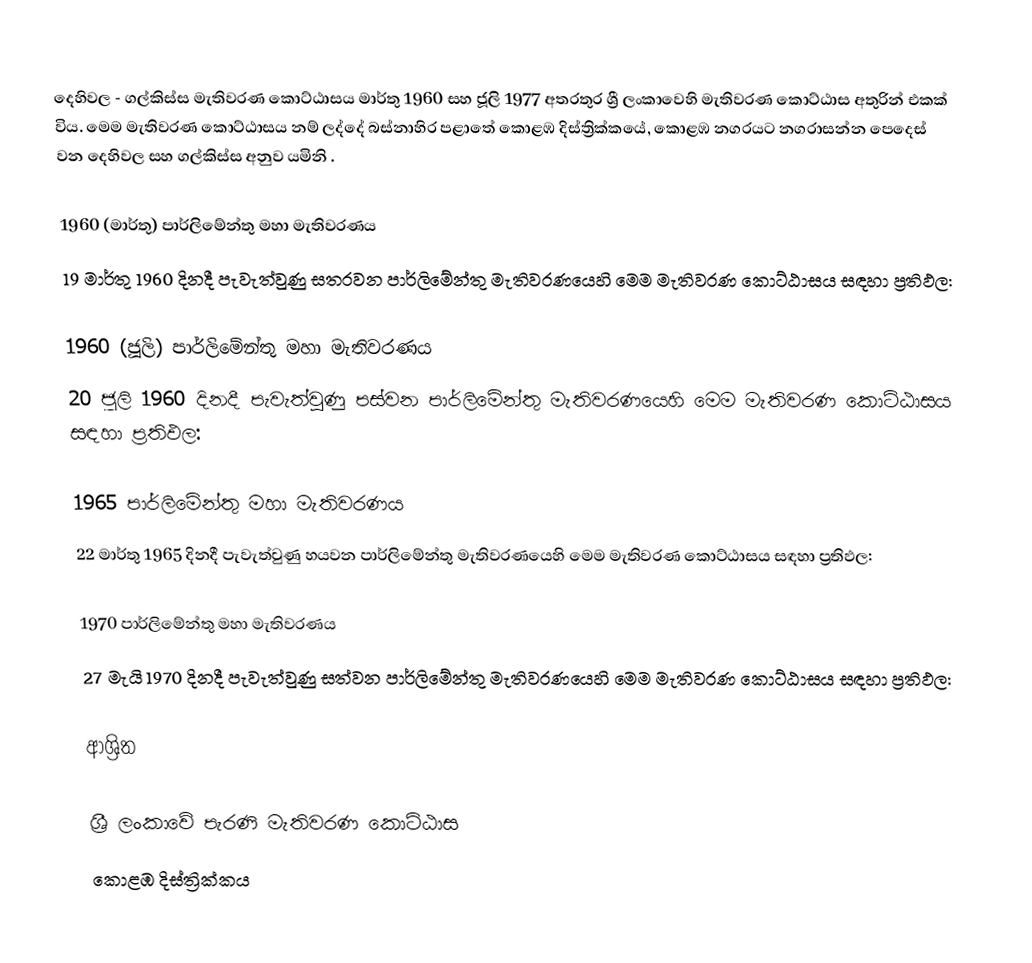
දෙහිවල - ගල්කිස්ස මැතිවරණ කොට්ඨාසය මාර්තු 1960 සහ ජූලි 1977 අතරතුර  ශ්‍රී ලංකාවෙහි  මැතිවරණ කොට්ඨාස අතුරින් එකක් විය. මෙම මැතිවරණ කොට්ඨාසය නම් ලද්දේ  බස්නාහිර පළාතේ  කොළඹ  දිස්ත්‍රික්කයේ,  කොළඹ නගරයට නගරාසන්න පෙදෙස් වන දෙහිවල සහ ගල්කිස්ස අනුව යමිනි .

1960 (මාර්තු) පාර්ලිමේන්තු මහා මැතිවරණය
19 මාර්තු 1960 දිනදී පැවැත්වුණු  සතරවන පාර්ලිමේන්තු මැතිවරණයෙහි මෙම මැතිවරණ කොට්ඨාසය සඳහා ප්‍රතිඵල:

1960 (ජූලි) පාර්ලිමේන්තු මහා මැතිවරණය
20 ජූලි 1960 දිනදී පැවැත්වුණු  පස්වන පාර්ලිමේන්තු මැතිවරණයෙහි මෙම මැතිවරණ කොට්ඨාසය සඳහා ප්‍රතිඵල:

1965 පාර්ලිමේන්තු මහා මැතිවරණය
22 මාර්තු 1965  දිනදී පැවැත්වුණු  හයවන පාර්ලිමේන්තු මැතිවරණයෙහි මෙම මැතිවරණ කොට්ඨාසය සඳහා ප්‍රතිඵල:

1970 පාර්ලිමේන්තු මහා මැතිවරණය
27 මැයි 1970 දිනදී පැවැත්වුණු  සත්වන පාර්ලිමේන්තු මැතිවරණයෙහි මෙම මැතිවරණ කොට්ඨාසය සඳහා ප්‍රතිඵල:

ආශ්‍රිත

ශ්‍රී ලංකාවේ පැරණි මැතිවරණ කොට්ඨාස
 කොළඹ දිස්ත්‍රික්කය